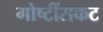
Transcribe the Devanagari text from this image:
गोष्टींसकट